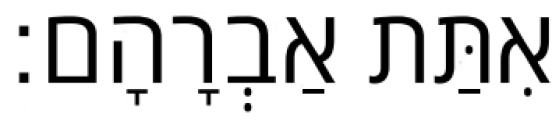
אִתַּת אַבְרָהָם׃